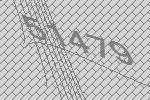
51479